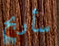
سأربح